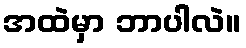
အထဲမှာ ဘာပါလဲ။